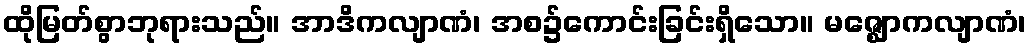
ထိုမြတ်စွာဘုရားသည်။ အာဒိကလျာဏံ၊ အစ၌ကောင်းခြင်းရှိသော။ မဇ္ဈောကလျာဏံ၊